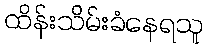
ထိန်းသိမ်းခံနေရသူ